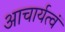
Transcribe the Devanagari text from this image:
आचार्यत्वं